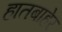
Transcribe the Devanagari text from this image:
हातबाहेर